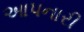
આપનારી